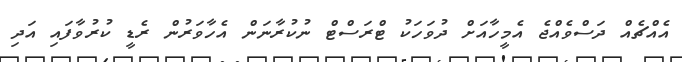
އެއްޗެއް ދަސްވެއްޖެ އެމީހާއަށް ދުވަހަކު ޓްރަސްޓް ނުކުރާނަން އެހާވަރުން ރެޑީ ކުރުވާފައި އަދި